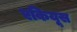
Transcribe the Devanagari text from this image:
एकियूस